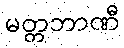
မတ္တဘာဏီ